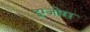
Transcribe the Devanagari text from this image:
इग्जोरा